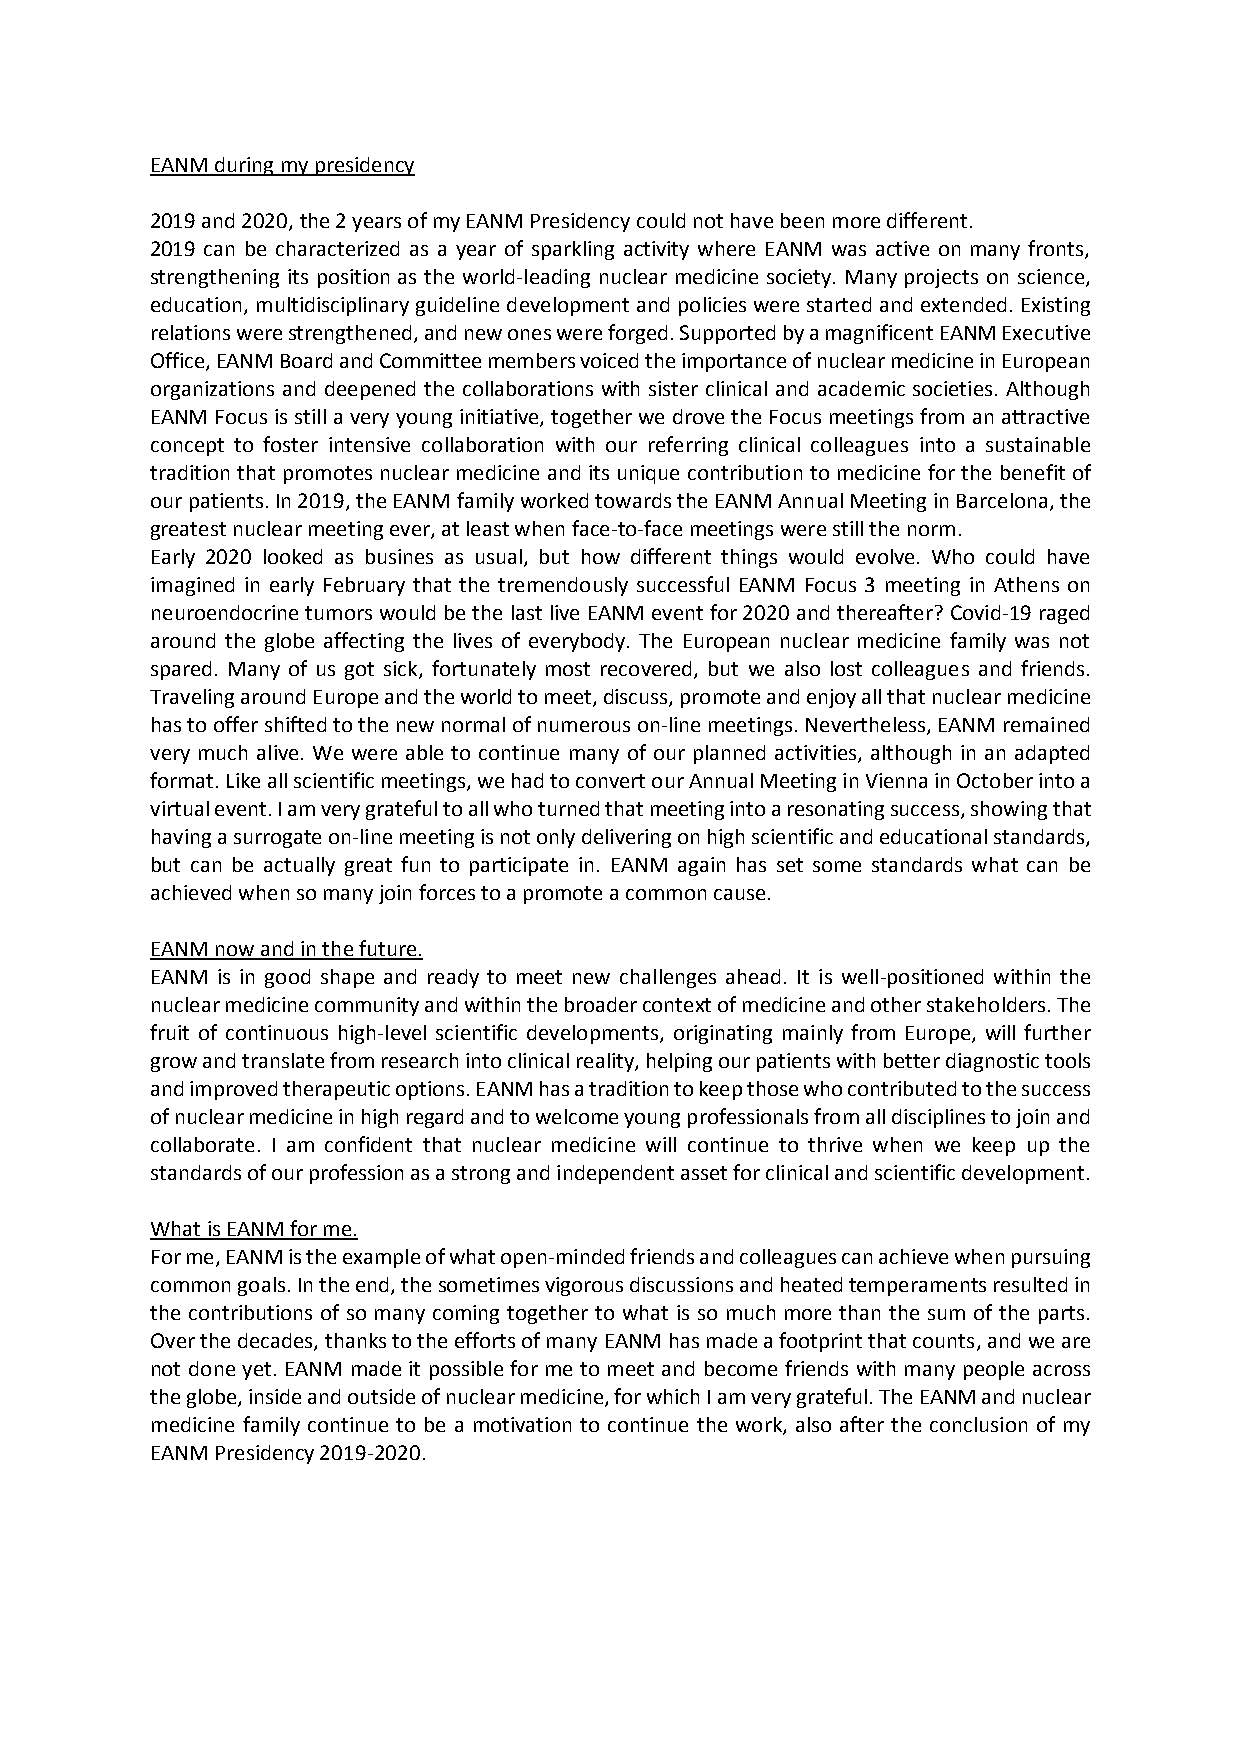
EANM during my presidency
 2019 and 2020, the 2 years of my EANM Presidency could not have been more different.
 2019 can be characterized as a year of sparkling activity where EANM was active on many fronts,
 strengthening its position as the world-leading nuclear medicine society. Many projects on science,
 education, multidisciplinary guideline development and policies were started and extended. Existing
 relations were strengthened, and new ones were forged. Supported by a magnificent EANM Executive
 Office, EANM Board and Committee members voiced the importance of nuclear medicine in European
 organizations and deepened the collaborations with sister clinical and academic societies. Although
 EANM Focus is still a very young initiative, together we drove the Focus meetings from an attractive
 concept to foster intensive collaboration with our referring clinical colleagues into a sustainable
 tradition that promotes nuclear medicine and its unique contribution to medicine for the benefit of
 our patients. In 2019, the EANM family worked towards the EANM Annual Meeting in Barcelona, the
 greatest nuclear meeting ever, at least when face-to-face meetings were still the norm.
 Early 2020 looked as busines as usual, but how different things would evolve. Who could have
 imagined in early February that the tremendously successful EANM Focus 3 meeting in Athens on
 neuroendocrine tumors would be the last live EANM event for 2020 and thereafter? Covid-19 raged
 around the globe affecting the lives of everybody. The European nuclear medicine family was not
 spared. Many of us got sick, fortunately most recovered, but we also lost colleagues and friends.
 Traveling around Europe and the world to meet, discuss, promote and enjoy all that nuclear medicine
 has to offer shifted to the new normal of numerous on-line meetings. Nevertheless, EANM remained
 very much alive. We were able to continue many of our planned activities, although in an adapted
 format. Like all scientific meetings, we had to convert our Annual Meeting in Vienna in October into a
 virtual event. I am very grateful to all who turned that meeting into a resonating success, showing that
 having a surrogate on-line meeting is not only delivering on high scientific and educational standards,
 but can be actually great fun to participate in. EANM again has set some standards what can be
 achieved when so many join forces to a promote a common cause.
 EANM now and in the future.
 EANM is in good shape and ready to meet new challenges ahead. It is well-positioned within the
 nuclear medicine community and within the broader context of medicine and other stakeholders. The
 fruit of continuous high-level scientific developments, originating mainly from Europe, will further
 grow and translate from research into clinical reality, helping our patients with better diagnostic tools
 and improved therapeutic options. EANM has a tradition to keep those who contributed to the success
 of nuclear medicine in high regard and to welcome young professionals from all disciplines to join and
 collaborate. I am confident that nuclear medicine will continue to thrive when we keep up the
 standards of our profession as a strong and independent asset for clinical and scientific development.
 What is EANM for me.
 For me, EANM is the example of what open-minded friends and colleagues can achieve when pursuing
 common goals. In the end, the sometimes vigorous discussions and heated temperaments resulted in
 the contributions of so many coming together to what is so much more than the sum of the parts.
 Over the decades, thanks to the efforts of many EANM has made a footprint that counts, and we are
 not done yet. EANM made it possible for me to meet and become friends with many people across
 the globe, inside and outside of nuclear medicine, for which I am very grateful. The EANM and nuclear
 medicine family continue to be a motivation to continue the work, also after the conclusion of my
 EANM Presidency 2019-2020.